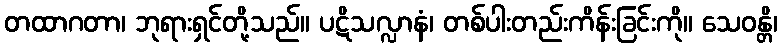
တထာဂတာ၊ ဘုရားရှင်တို့သည်။ ပဋိသလ္လာနံ၊ တစ်ပါးတည်းကိန်းခြင်းကို။ သေဝန္တိ၊